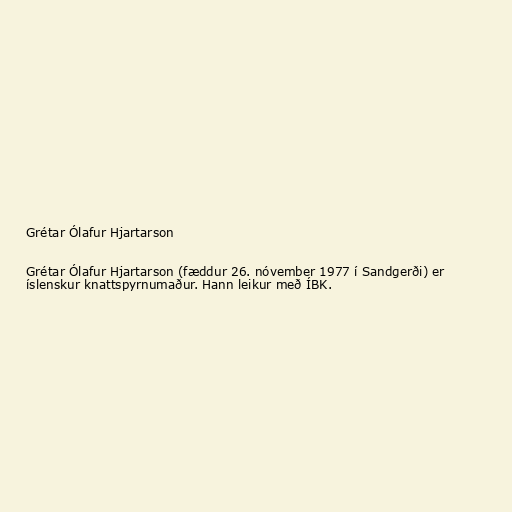
Grétar Ólafur Hjartarson

Grétar Ólafur Hjartarson (fæddur 26. nóvember 1977 í Sandgerði) er
íslenskur knattspyrnumaður. Hann leikur með ÍBK.